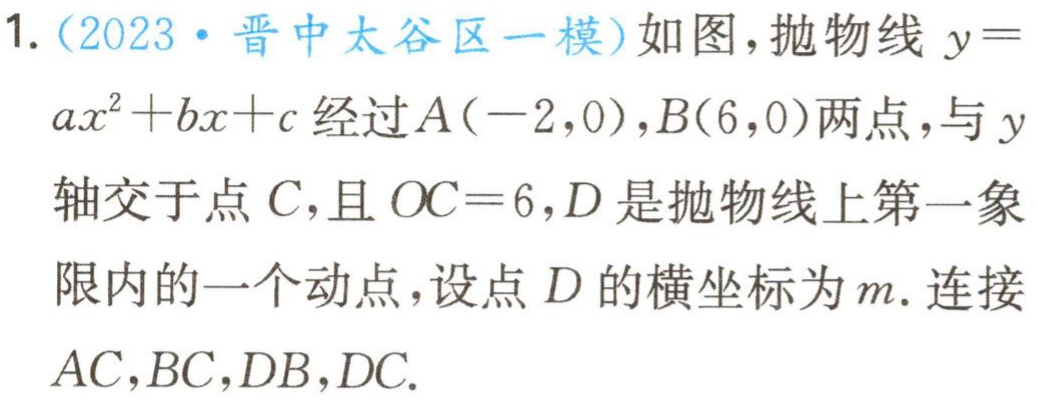
1.（2023·晋中太谷区一模）如图，抛物线\(y = ax^{2}+bx + c\)经过\(A(-2,0)\)，\(B(6,0)\)两点，与\(y\)轴交于点\(C\)，且\(OC = 6\)，\(D\)是抛物线上第一象限内的一个动点，设点\(D\)的横坐标为\(m\). 连接\(AC\)，\(BC\)，\(DB\)，\(DC\).